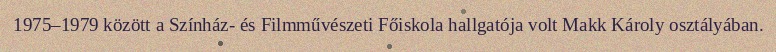
1975–1979 között a Színház- és Filmművészeti Főiskola hallgatója volt Makk Károly osztályában.